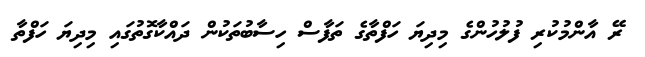
ރޭ އާންމުކުރި ފުލުހުންގެ މިދިޔަ ހަފްތާގެ ތަފާސް ހިސާބުތަކުން ދައްކާގޮތުގައި މިދިޔަ ހަފްތާ